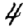
Digit: 4